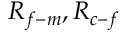
R _ { f - m } , R _ { c - f }